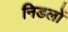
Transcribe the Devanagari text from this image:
निडलों